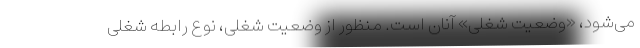
می‌شود، «وضعیت شغلی» آنان است. منظور از وضعیت شغلی، نوع رابطه شغلی